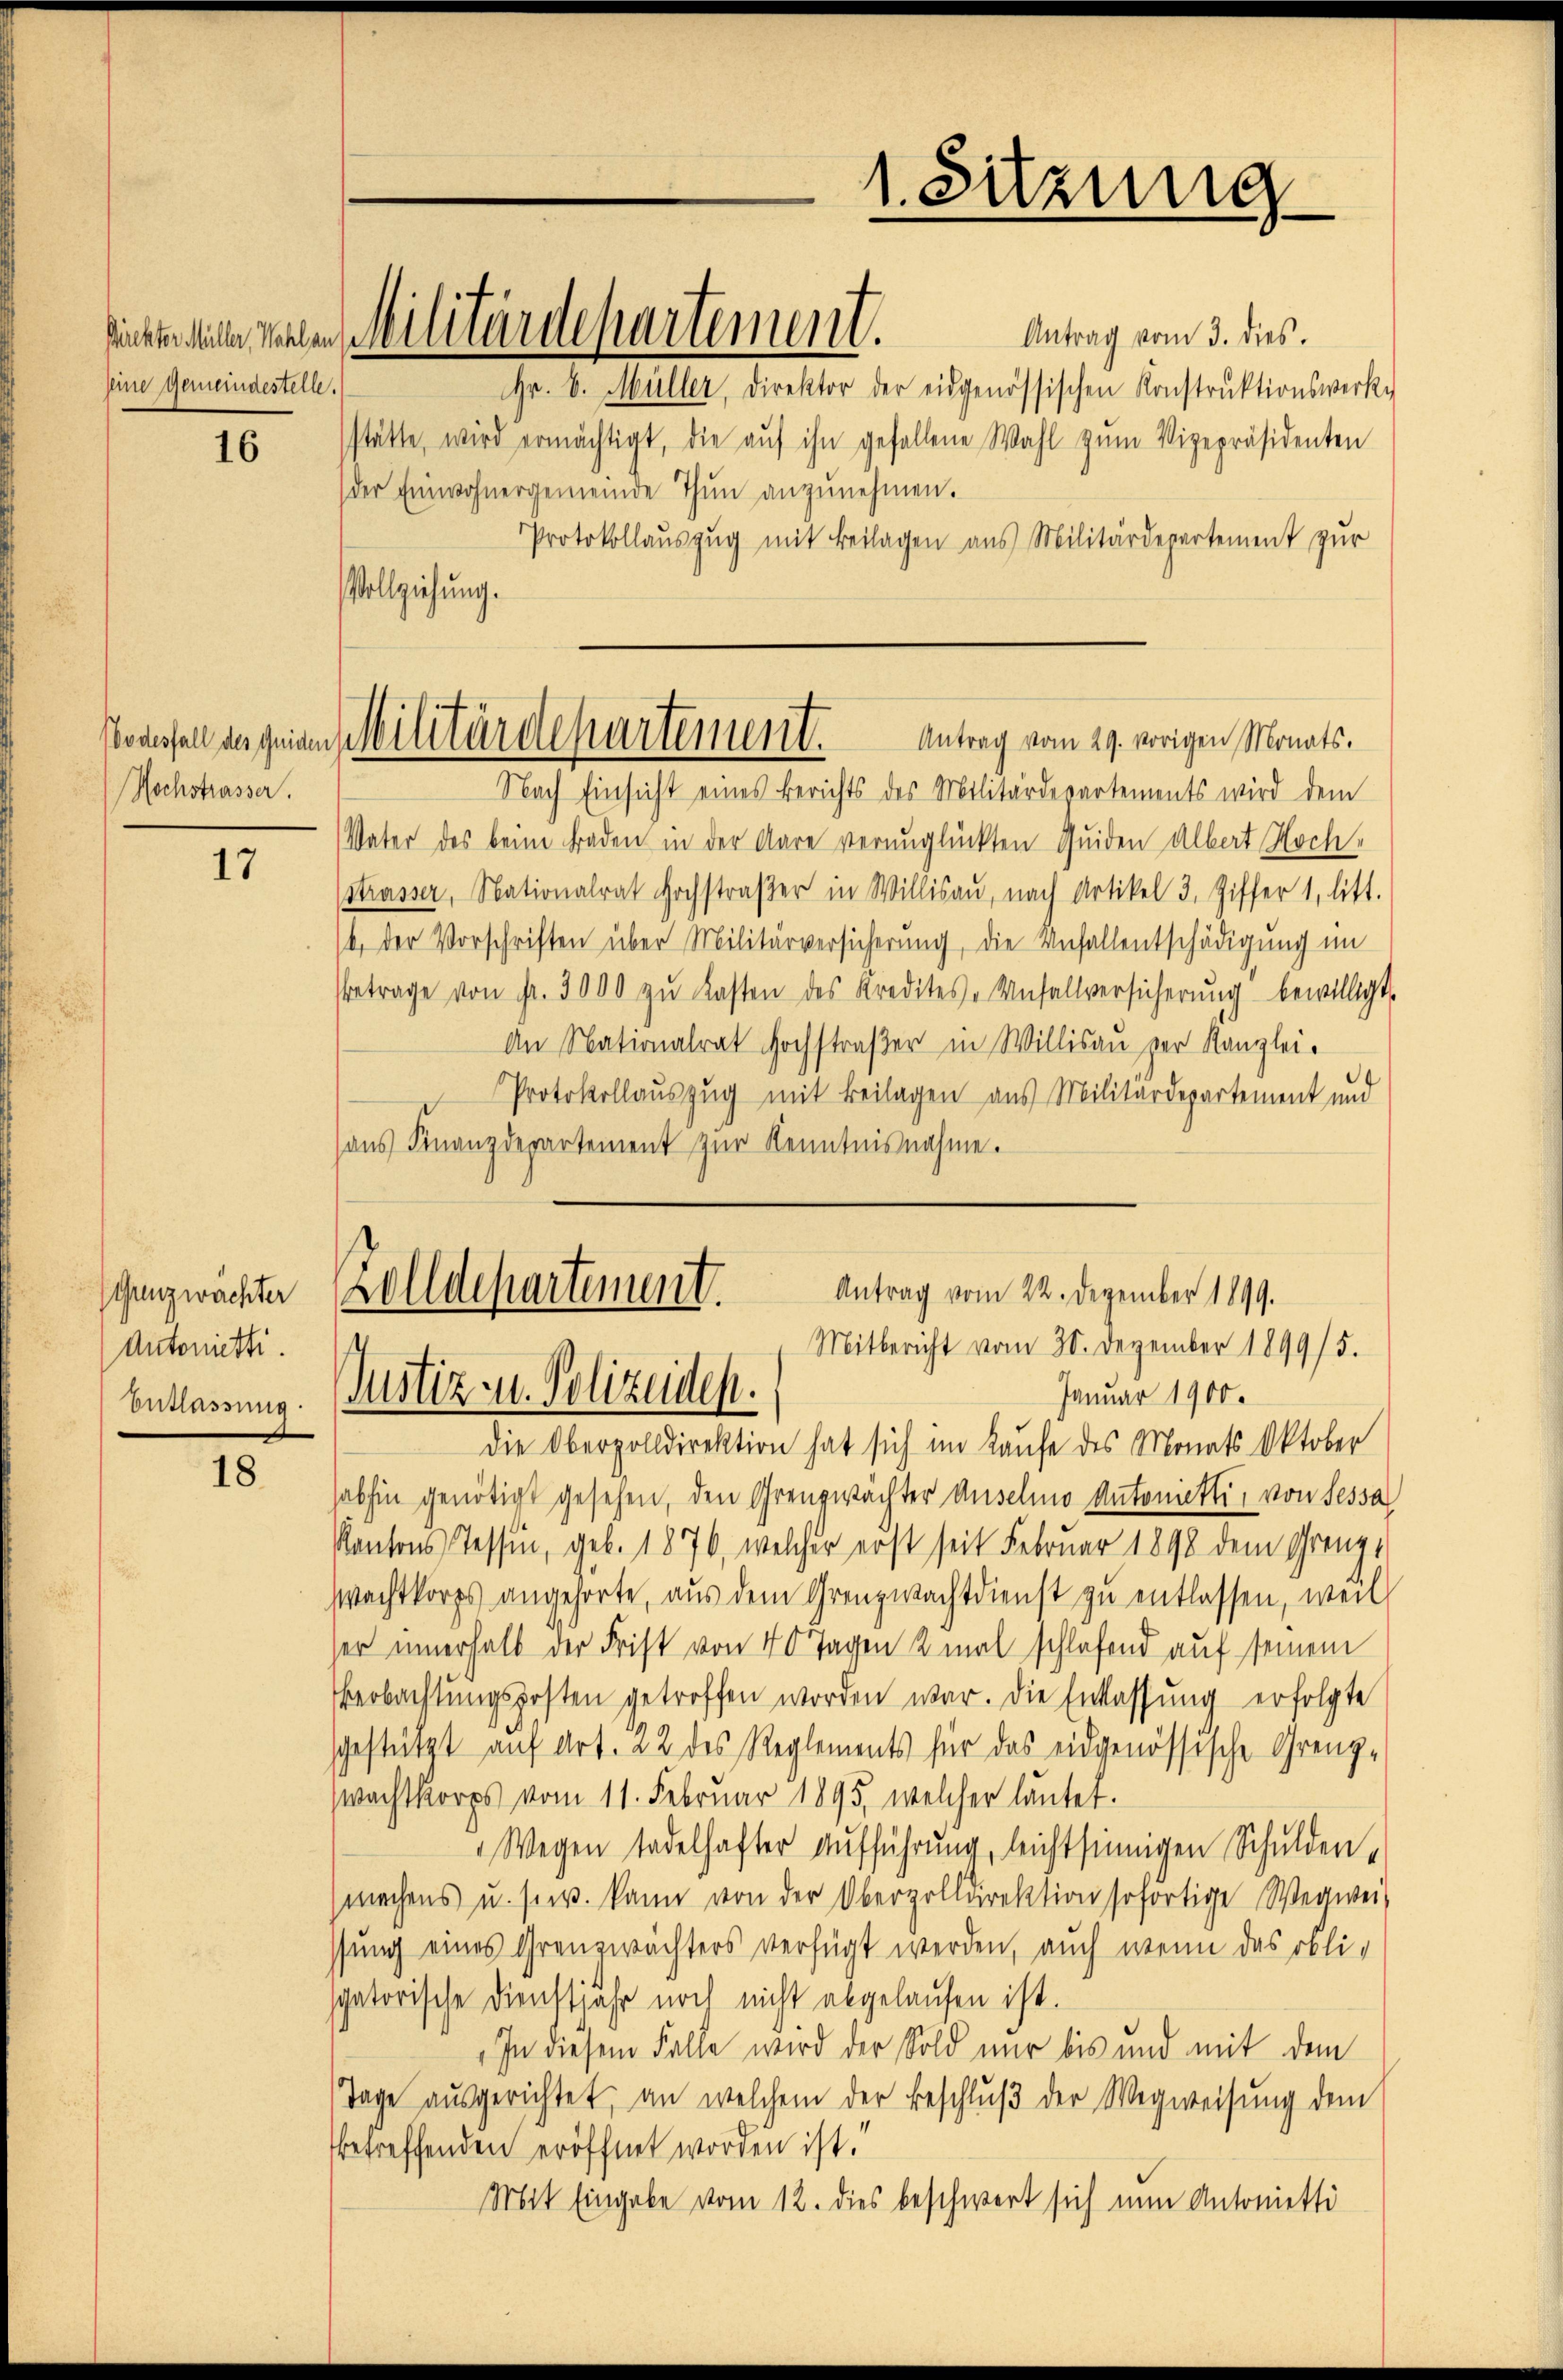
seine Gemeindestelle.

16

Hochstrasser.

17

Gunzwächter
Antonitt.
Entlassung.

7

Antrag vom 3. dies.
Hr. v. Müller, Direktor der eidgenössischen Konstrŭktionswerke
stätte, wird ermächtigt, die aŭf ihn gefallene Wahl zŭm Vizepräsidenten
der Einwohnergemeinde Thŭn anzŭnehmen.
Protokollauszug mit Beilagen aus Militärdepartement zur
Vollziehung.
Nach Einsicht eines Berichts des Militärdepartements wird dem
Vater des beim Faden in der Aare verunglückten Quiden Albert Hoch¬
Strasser, Nationalrat Hochstraβer in Willisaŭ, nach Artikel 3. Ziffer 1, litt.
b. der Vorschriften über Militärversicherung, die Unfallentschädigung im
etrage von fr. 3000 zŭ Kasten des Kredites - Unfallversicherŭng bewilligt,
An Nationalrat Hochstraßer in Willisau zur Kanzlei-
Protokollauszug mit Beilagen aus Militärdepartement und
ans Finanzdepartement zur Kenntnisnahme.

süchte deute einen Militärdepartement.

1. Sitzung

Wodesfall angenen Militärdepartement.
Antrag vom 29. vorigen Monats.

zolldepartement.
Antrag vom 22. Dezember 1899.
Mitbericht vom 30. Dezember 1899/5.
Justiz u. Polizeiden.
Januar 1900.

die Oberzolldirektion hat sich im Kaufe des Monats Oktober
sabhin genötigt gesehen, den Grenzwächter Anselmo Antonietti, von Sessa
Kantons Tessin, geb. 1876, welcher erst seit Februar 1898 dem Grenz,
Wachtkorps angehörte, aus dem Grenzwachtdienst zu entlassen, wenn
ser innerhalb der Frist von 40 Tagen 2 mal schlafend auf seinem
Beobachtŭngsposten getroffen worden war. Die Entlassung erfolgte
sgestützt auf Art. 22 des Reglements für das eidgenössische Grenz-
wachtkorps vom 11. Februar 1895, welcher lautet.
 Wegen tadelhafter Aufführung, leichtsinnigen Schulden,
machens u. sie. kann von der Oberzolldirektion sofortige Wegwei-
sung eines Grenzwächters verfügt werden, auch wenn das obli-
Igatorische Dienstjahr noch nicht abgelaufen ist.
In diesem Falle wird der Sold nur bis und mit dem
Tage ausgerichtet, an welchem der Beschluß der Wegweisung dem
betreffenden eröffnet worden ist.
Mit Eingabe vom 12. dies beschwert sich nun Antonietti